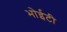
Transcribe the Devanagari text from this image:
भोईटी